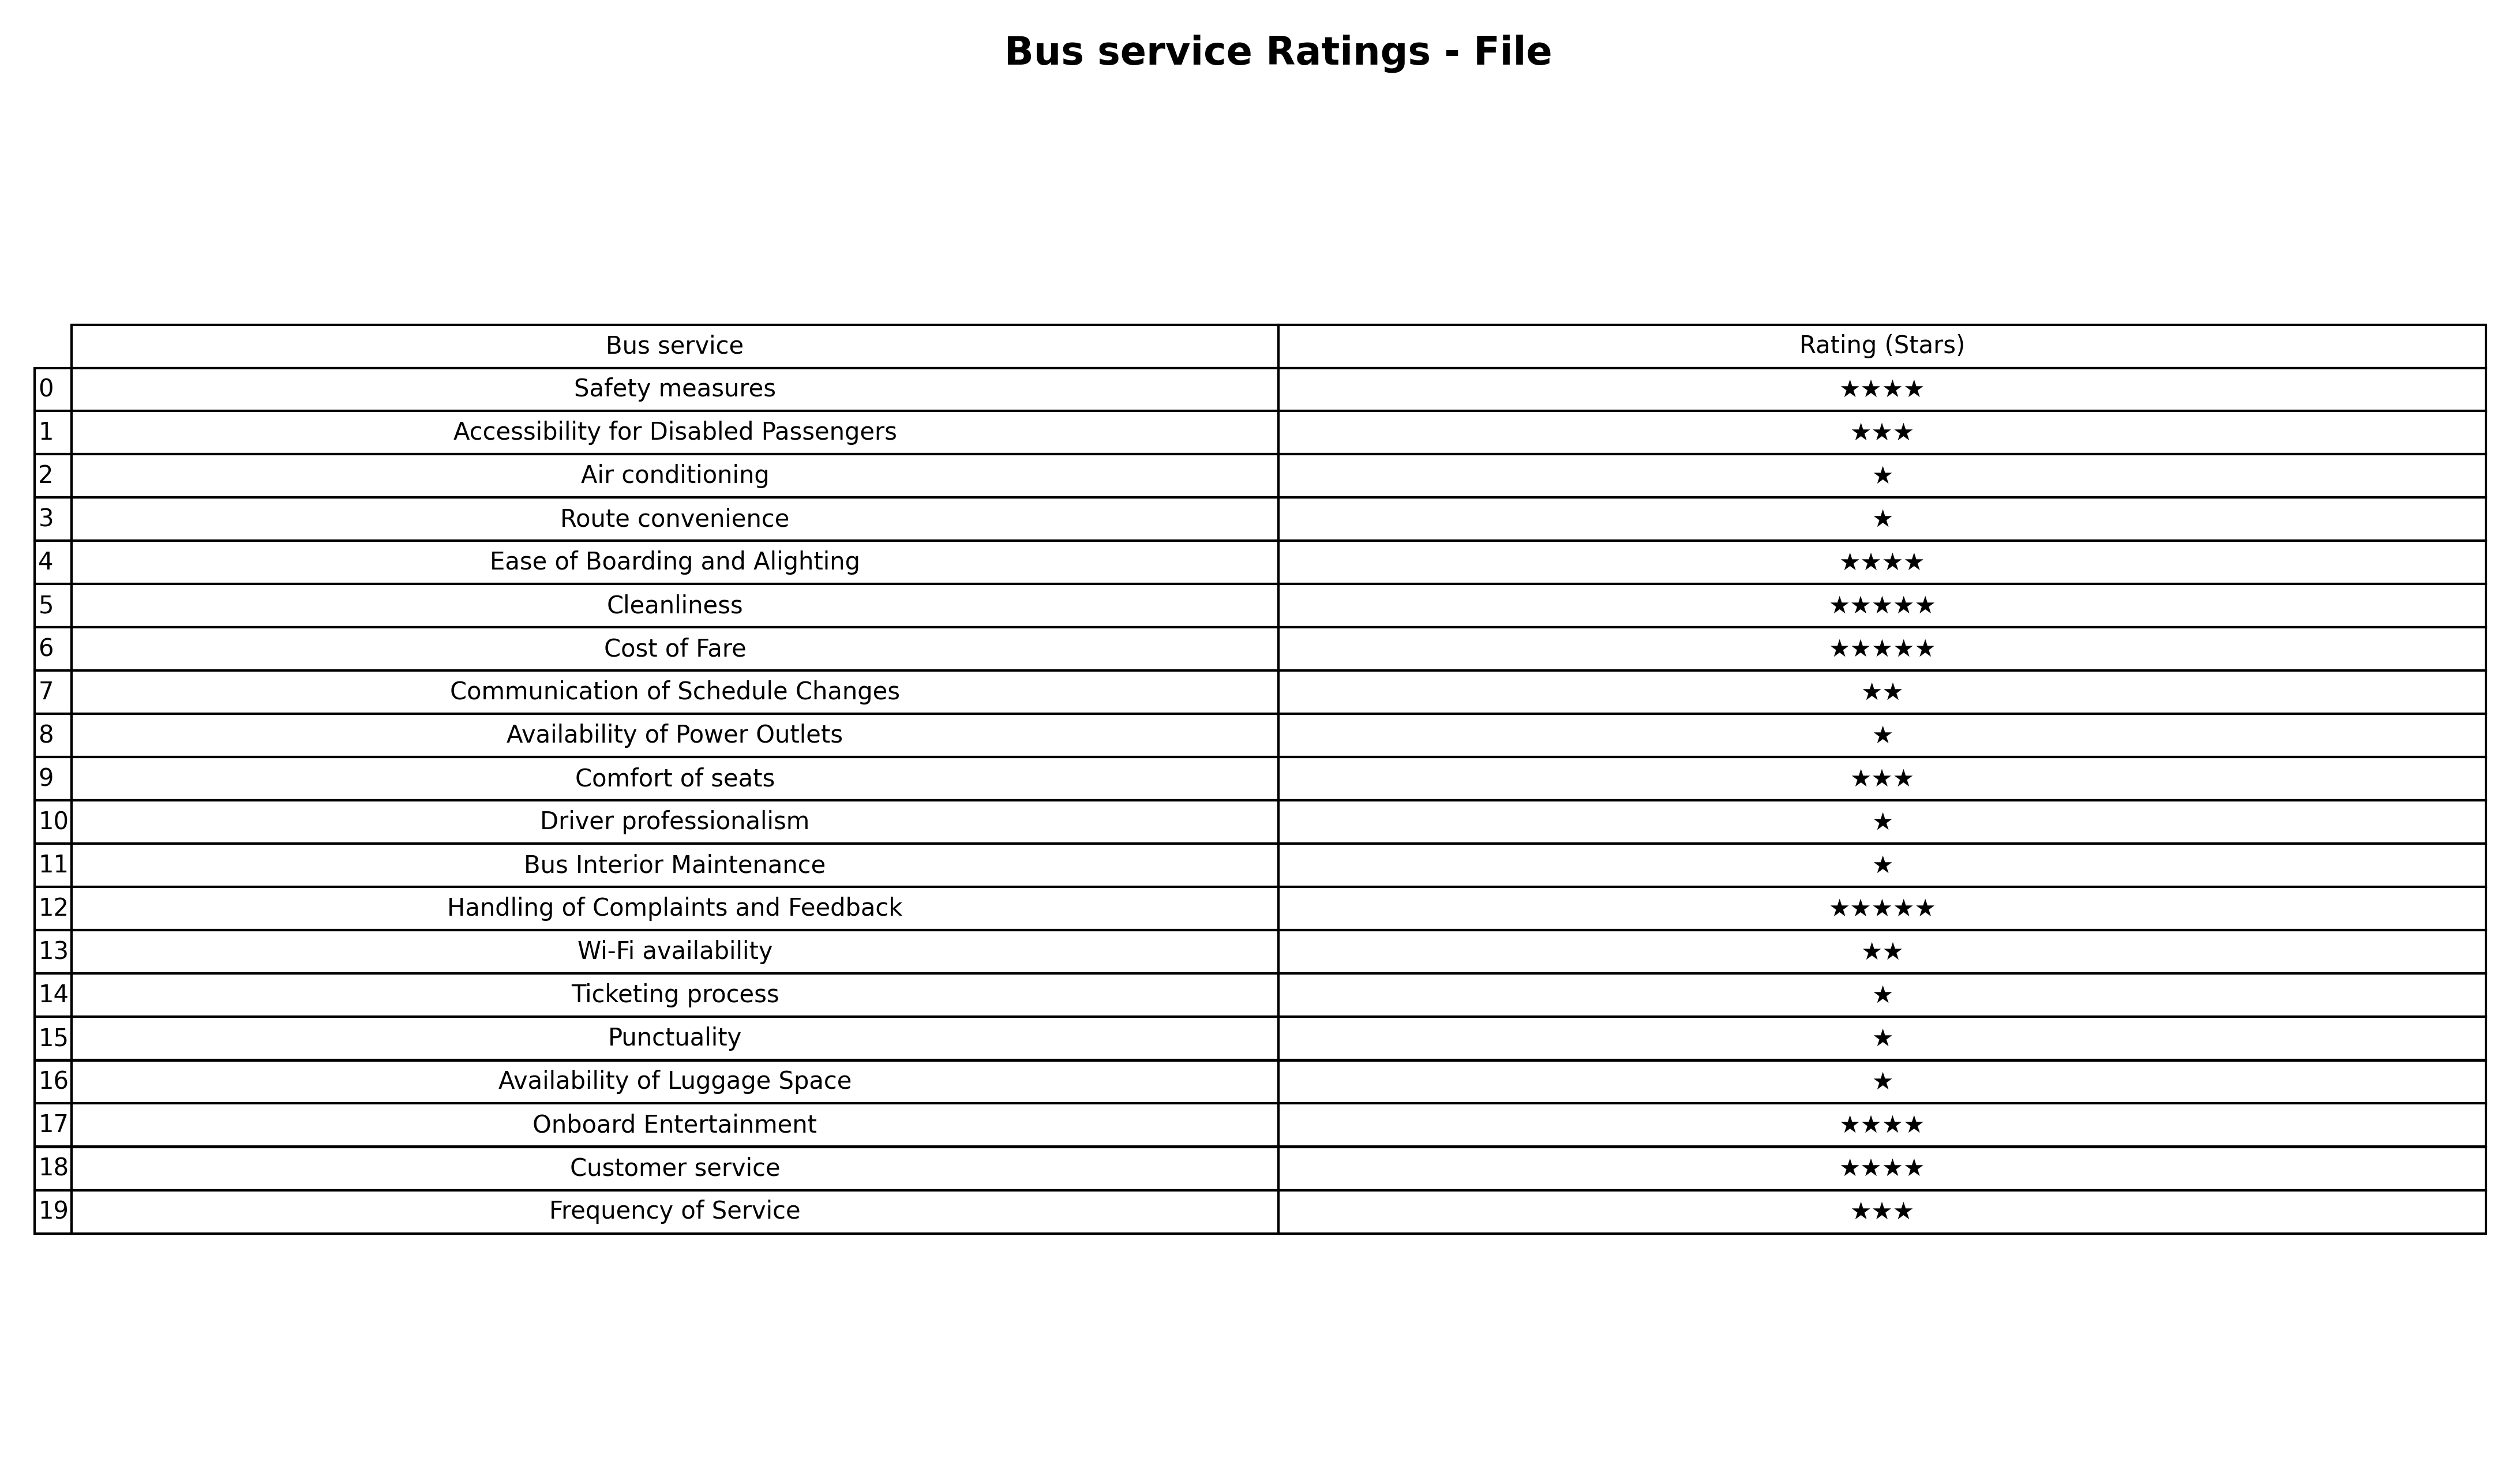
question: What are two star services?
answer: Communication of Schedule ChangesWi-Fi availability